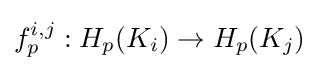
f_{p}^{i,j}:H_{p}(K_{i})\rightarrow H_{p}(K_{j})